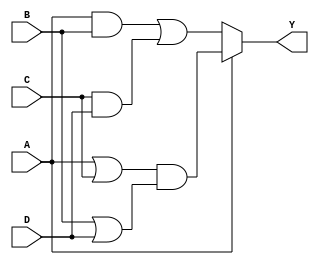
module MultiLevelSimplification (
    input wire A,      // Input signal A
    input wire B,      // Input signal B
    input wire C,      // Input signal C
    input wire D,      // Input signal D
    output wire Y      // Output signal Y
);

// Intermediate signals
wire notA, notB, notC, notD; // Inverted signals
wire and1, and2;             // AND gate outputs
wire or1, or2;               // OR gate outputs
wire muxOut;                 // MUX output

// Step 1: Invert inputs
assign notA = ~A;
assign notB = ~B;
assign notC = ~C;
assign notD = ~D;

// Step 2: Implement basic gates for simplification
// Example Logic: Y = (A AND B) OR (C AND D)
assign and1 = A & B; 
assign and2 = C & D;
assign or1 = and1 | and2; // Combine results

// Step 3: Factorization using shared common terms
// Example Logic: Y2 = (A OR C) AND (B OR D)
assign or2 = A | C;  // Common sub-expression
assign muxOut = or2 & (B | D); // Further combine with another term

// Step 4: Utilize a multiplexer for selection
// MUX: select between or1 and muxOut based on A's value
assign Y = A ? muxOut : or1;

// (Optional) Step 5: Final optimization and timing considerations can be added as needed.

// Final output
endmodule